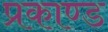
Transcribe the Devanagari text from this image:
प्रकाण्‍ड